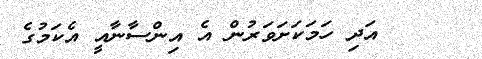
٧     އަދި ހަމަކަށަވަރުންް އެ އިންސާނާއީ އެކަމުގެ